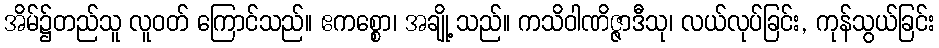
အိမ်၌တည်သူ လူဝတ် ကြောင်သည်။ ဧကစ္စော၊ အချို့ သည်။ ကသိဝါဏိဇ္ဇာဒီသု၊ လယ်လုပ်ခြင်း, ကုန်သွယ်ခြင်း